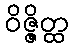
ဝိဇ္ဇိတ္ထ